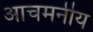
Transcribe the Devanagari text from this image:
आचमनीय